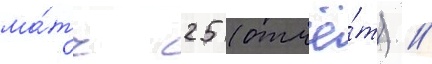
ма́тч 25 (отчё́т) //